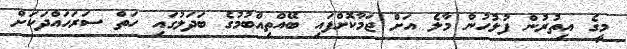
މީގެ އިތުރުން ފުލުހުން މާލެ އަށް ޖަމާކޮށްފައި ބޭއްތިއްބުމުގެ ބަދަލުގައި ހަތް ސަރަހައްދަކަށް